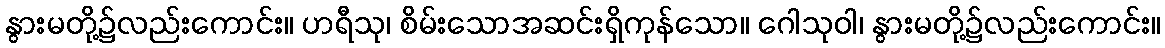
နွားမတို့၌လည်းကောင်း။ ဟရီသု၊ စိမ်းသောအဆင်းရှိကုန်သော။ ဂေါသုဝါ၊ နွားမတို့၌လည်းကောင်း။